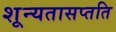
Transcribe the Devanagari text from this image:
शून्यतासप्तति